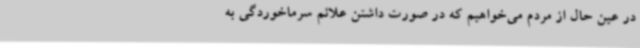
در عین حال از مردم می‌خواهیم که در صورت داشتن علائم سرماخوردگی به